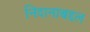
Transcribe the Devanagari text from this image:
निदानाबद्दल